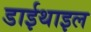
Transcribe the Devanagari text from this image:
डाईथाइल